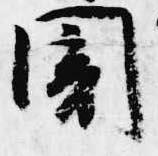
闇